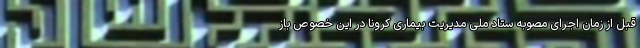
قبل از زمان اجرای مصوبه ستاد ملی مدیریت بیماری کرونا در این خصوص باز